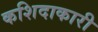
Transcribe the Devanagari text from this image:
कशिदाकारी